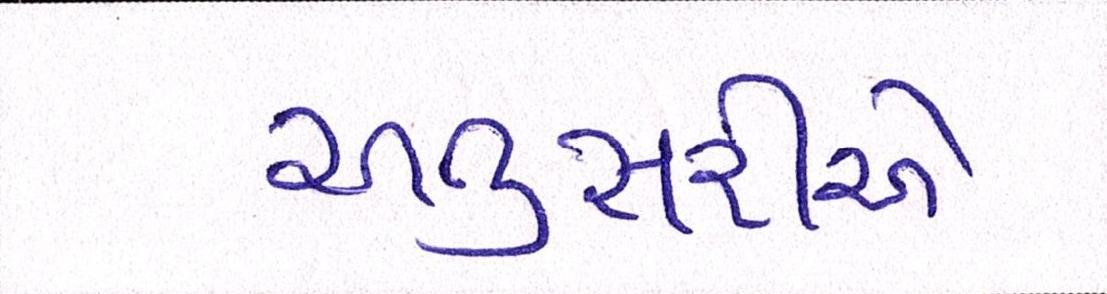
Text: અનુસરીએ